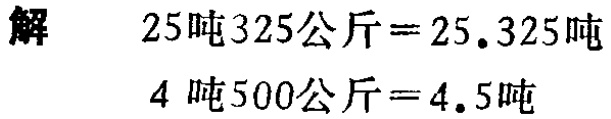
解
\(25\)吨\(325\)公斤\( = 25.325\)吨
\(4\)吨\(500\)公斤\( = 4.5\)吨